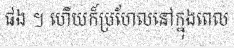
ផង ។ ហើយក៏ប្រហែលនៅក្នុងពេល